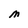
Character: M